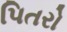
પિતરો